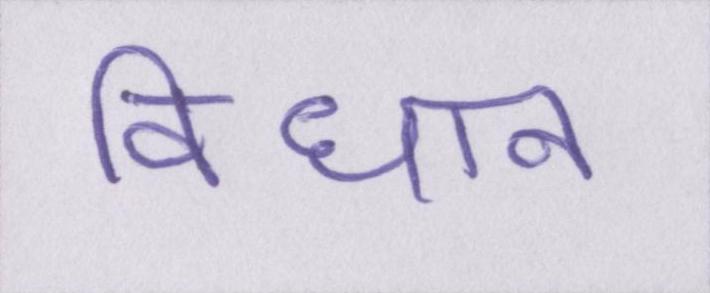
विधान